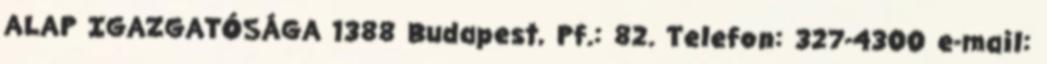
ALAP IGAZGATÓSÁGA 1388 Budapest, Pf.: 82. Telefon: 327-4300 e-mail: